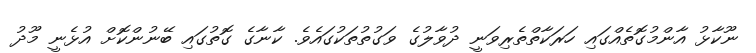
ނޫކާޅު އާންމުގޮތެއްގައި ހަރަކާތްތެރިވަނީ ދުވާލުގެ ވަގުތުތަކުގައެވެ. ކާނާގެ ގޮތުގައި ބޭނުންކޮށް އުޅެނީ މޫދު